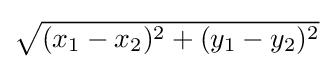
\textstyle {\sqrt {(x_{1}-x_{2})^{2}+(y_{1}-y_{2})^{2}}}